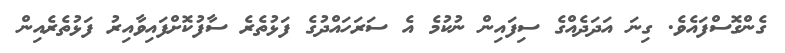
ގެންގޮސްފައެވެ. ގިނަ އަދަދެއްގެ ސިފައިން ނުކުމެ އެ ސަރަހައްދުގެ ފަޅުތެރެ ސާފުކޮށްފައިވާއިރު ފަޅުތެރެއިން